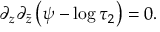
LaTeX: \partial _ { z } \partial _ { \bar { z } } \left( \psi - \log \tau _ { 2 } \right) = 0 .